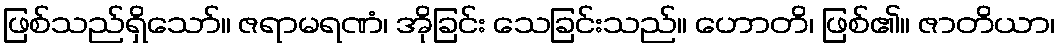
ဖြစ်သည်ရှိသော်။ ဇရာမရဏံ၊ အိုခြင်း သေခြင်းသည်။ ဟောတိ၊ ဖြစ်၏။ ဇာတိယာ၊